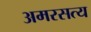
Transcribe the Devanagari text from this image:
अमरसत्य